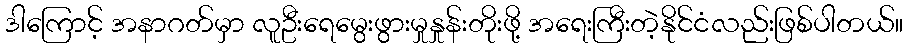
ဒါကြောင့် အနာဂတ်မှာ လူဦးရေမွေးဖွားမှုနှုန်းတိုးဖို့ အရေးကြီးတဲ့နိုင်ငံလည်းဖြစ်ပါတယ်။